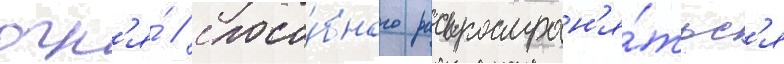
огн'я́ / спосо́бного распростран'я́тьс'я